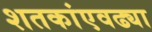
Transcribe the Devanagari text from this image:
शतकांएवढ्या